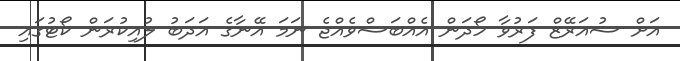
އަށް ސުއަރޭޒް ފަރުވާ ހޯދަން އެއްބަސްވެއްޖެ ނަމަ އޭނާގެ އަދަބު ލުއިކުރަން ކޯޓުގައި